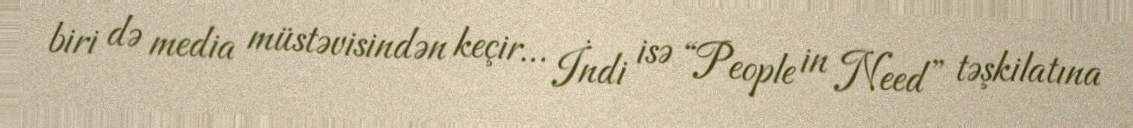
biri də media müstəvisindən keçir… İndi isə “People in Need” təşkilatına